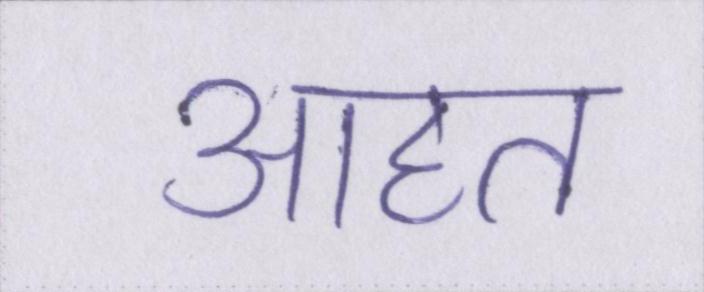
आहत